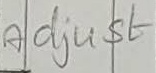
Text: Adjust